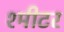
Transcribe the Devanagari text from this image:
श्मीटर